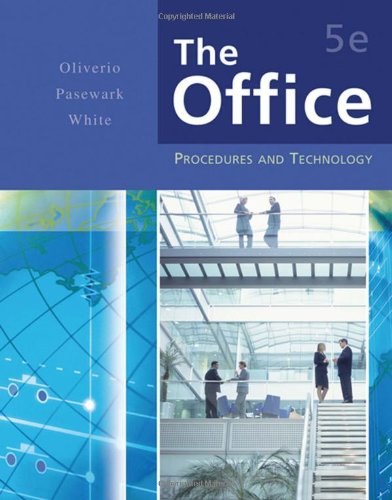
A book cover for The Office: Procedures and Technology (Business Procedures); Mary Ellen Oliverio; Business & Money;